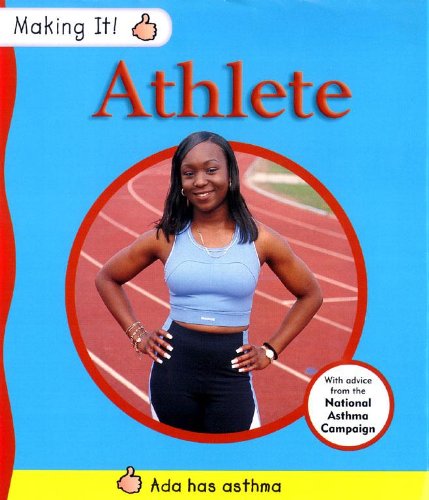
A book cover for Making It! Athlete; E. Archer; Children's Books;